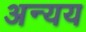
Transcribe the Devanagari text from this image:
अन्यय